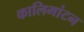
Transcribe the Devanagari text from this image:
कालिमांटन